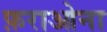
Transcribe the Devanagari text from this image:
फ़राओना